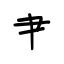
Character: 肀